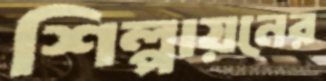
শিল্পায়নের